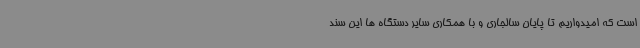
است که امیدواریم تا پایان سالجاری و با همکاری سایر دستگاه ها این سند